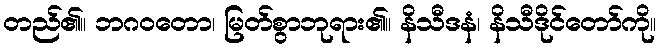
တည်၏။ ဘဂဝတော၊ မြတ်စွာဘုရား၏။ နိသီဒနံ၊ နိသီဒိုင်တော်ကို။